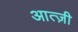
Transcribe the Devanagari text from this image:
आत्ज़ी